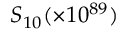
S _ { 1 0 } ( \times 1 0 ^ { 8 9 } )